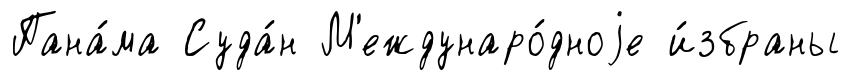
Пана́ма Суда́н М'еждунаро́дноjе и́збраны